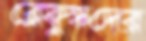
ব্লেফুস্কদের